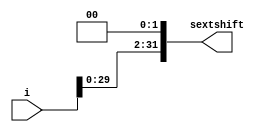
`timescale 1ns / 1ps
//////////////////////////////////////////////////////////////////////////////////
// Company: 
// Engineer: 
// 
// Design Name: 
// Module Name: sextandshift
// Project Name: 
// Target Devices: 
// Tool Versions: 
// Description: 
// 
// Dependencies: 
// 
// Revision:
// Revision 0.01 - File Created
// Additional Comments:
// 
//////////////////////////////////////////////////////////////////////////////////


module sextandshift(
    input [31:0] i,
    output [31:0] sextshift
    );

    assign sextshift = i << 2;

endmodule